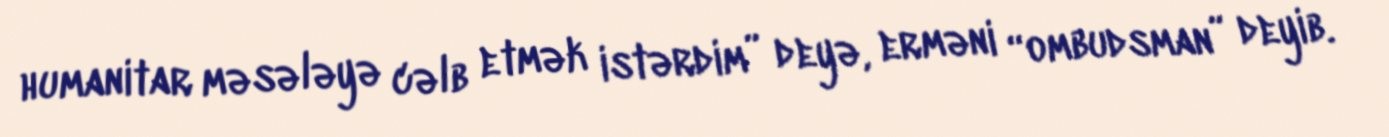
humanitar məsələyə cəlb etmək istərdim” deyə, erməni “ombudsman” deyib.